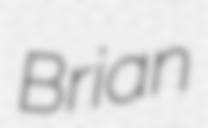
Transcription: Brian